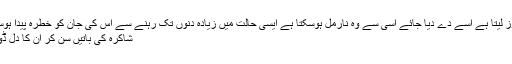
وہ جو ڈوز لیتا ہے اسے دے دیا جائے اسی سے وہ نارمل ہوسکتا ہے ایسی حالت میں زیادہ دِنوں تک رہنے سے اُس کی جان کو خطرہ پیدا ہوسکتا ہے"
شاکرہ کی باتیں سن کر اُن کا دِل ڈوبنے لگا۔